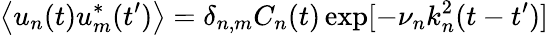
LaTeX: \left\langle u_{n}(t)u_{m}^{*}(t^{\prime})\right\rangle=\delta_{n,m}C_{n}(t)\exp[-\nu_{n}k_{n}^{2}(t-t^{\prime})]